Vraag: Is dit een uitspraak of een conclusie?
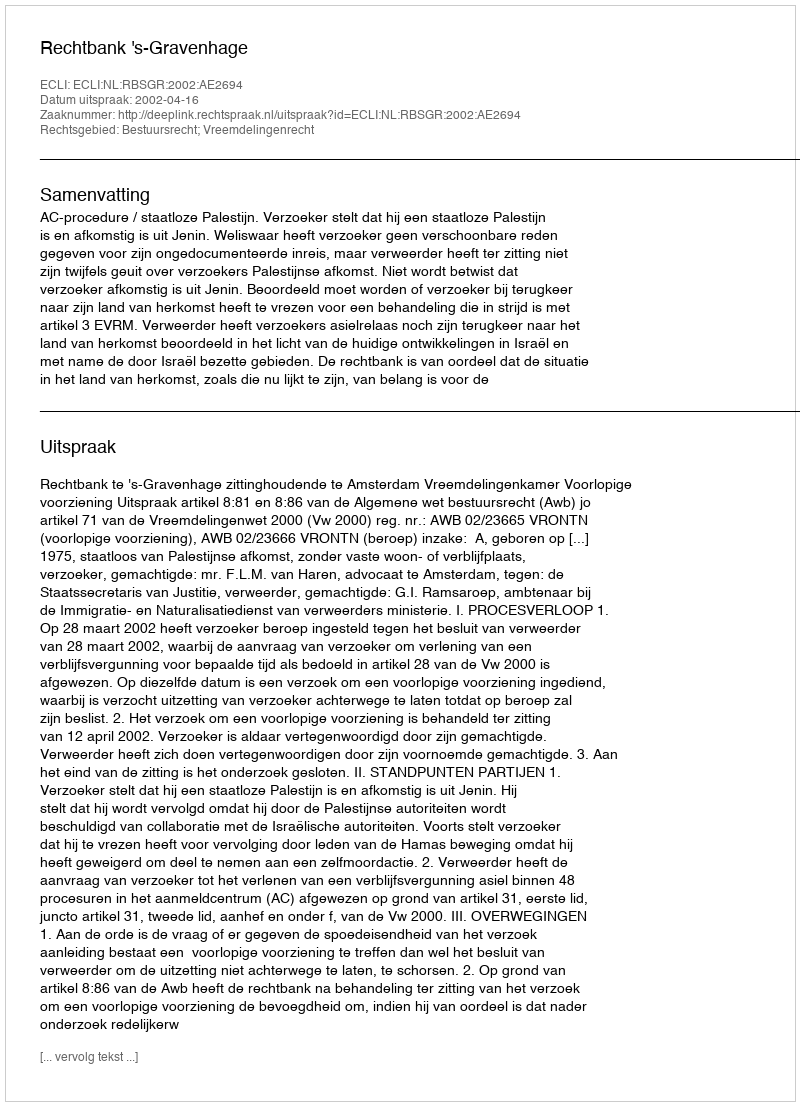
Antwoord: Uitspraak